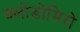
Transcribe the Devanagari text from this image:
क्लोडोमिरो